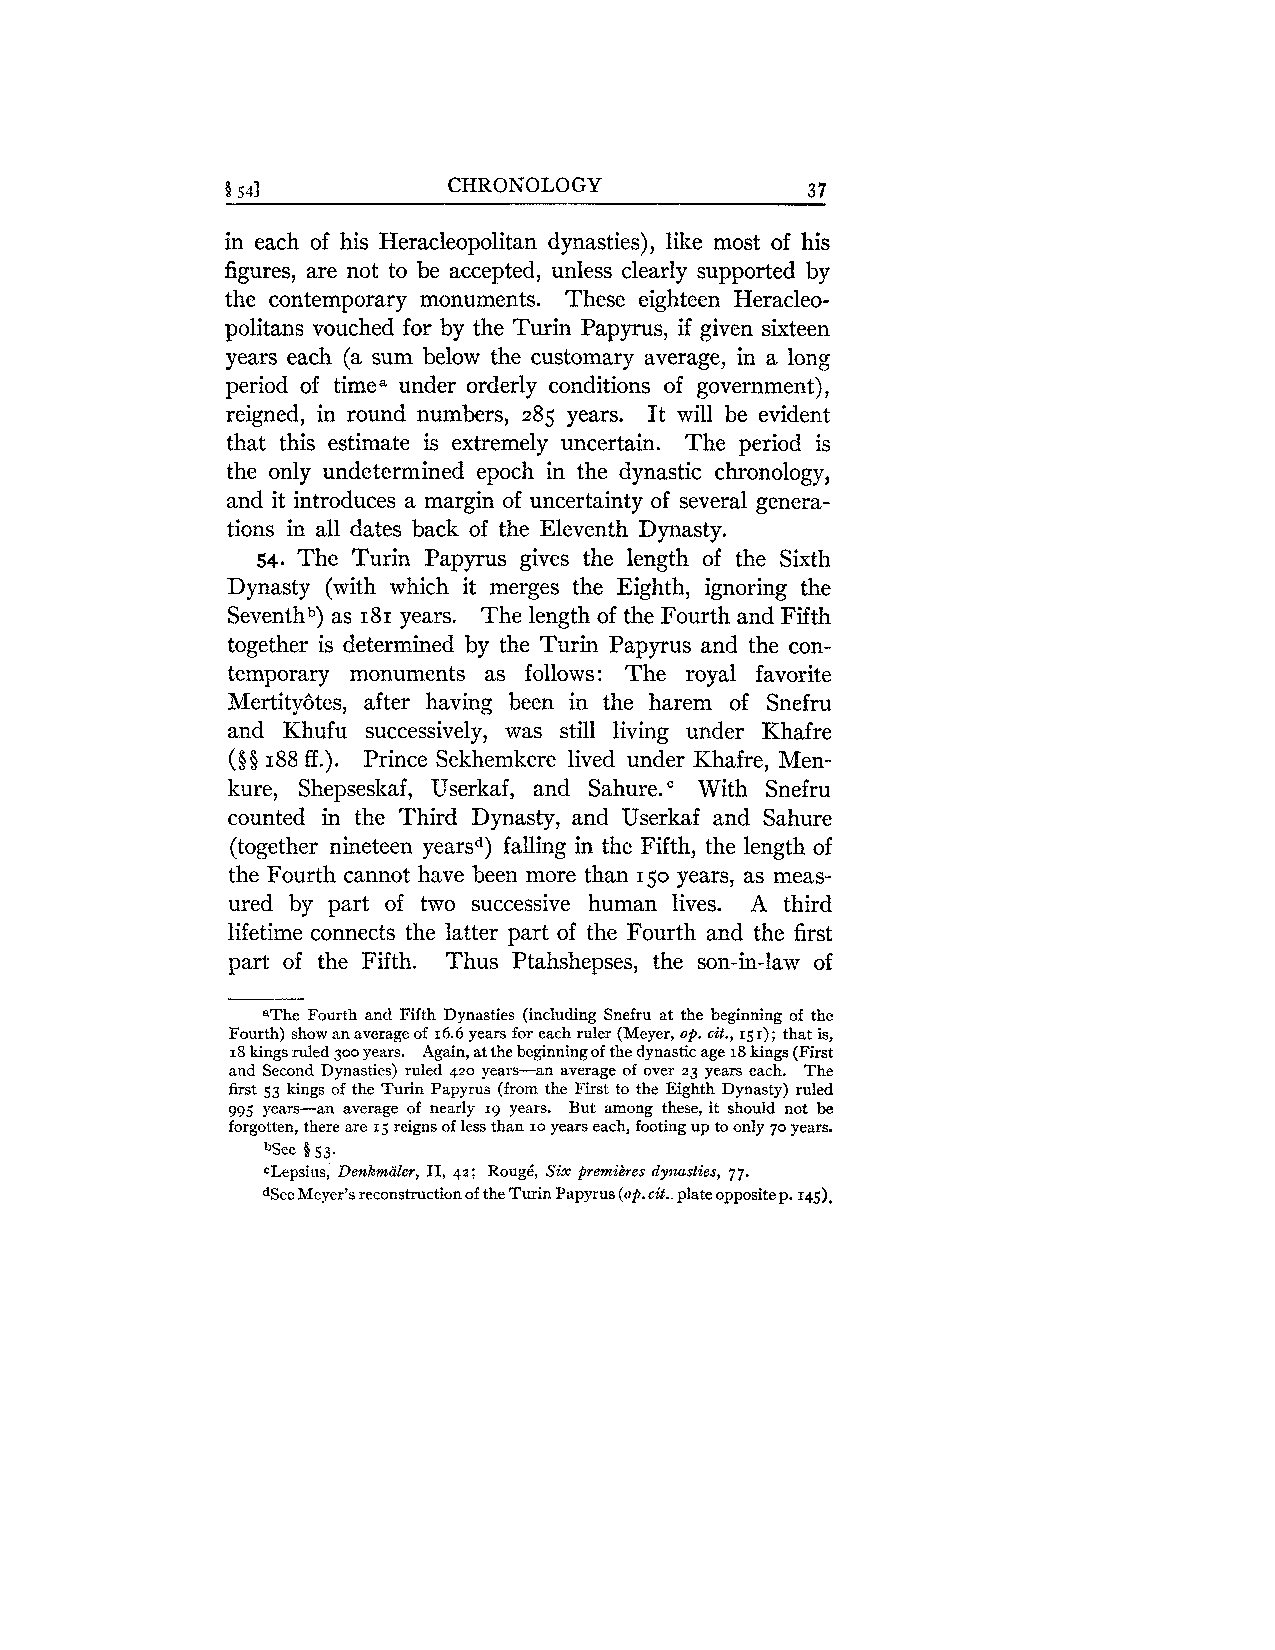
1 541          CHRONOLOGY             3 7
 in each of his Heracleopolitan dynasties), like most of his
 figures, are not to be accepted, unless clearly supported by
 the contemporary monuments. These eighteen Heracleo-
 politans vouched for by the Turin Papyrus, if given sixteen
 years each (a sum below the customary average, in a long
 period of time. under orderly conditions of government),
 reigned, in round numbers, 285 years. It will be evident
 that this estimate is extremely uncertain. The period is
 the only undetermined epoch in the dynastic chronology,
 and it introduces a margin of uncertainty of several genera-
 tions in all dates back of the Eleventh Dynasty.
 54. The Turin Papyrus gives the length of the Sixth
 Dynasty (with which it merges the Eighth, ignoring the
 Seventhb) as 181 years. The length of the Fourth and Fifth
 together is determined by the Turin Papyrus and the con-
 temporary monuments as follows: The royal favorite
 Mertitybtes, after having been in the harem of Snefru
 and Iihufu successively, was still living under Khafre
 (§§ 188 ff.). Prince Sekhemkere lived under Khafre, Men-
 kure, Shepseskaf, Userkaf, and Sahure." With Snefru
 counted in the Third Dynasty, and Userkaf and Sahure
 (together nineteen yearsd) falling in the Fifth, the length of
 the Fourth cannot have been more than 150 years, as meas-
 ured by part of two successive human lives. A third
 lifetime connects the latter part of the Fourth and the first
 part of the Fifth. Thus Ptahshepses, the son-in-law of
 aThe Fourth and Fifth Dynasties (including Snefru at the beginning of the
 Fourth) show an average of 16.6 years for each ruler (Meyer, op. cit., 15 I); that is,
 18k ings ruled 300 years. Again, at the beginning of the dynastic age 18 kings (First
 and Second Dynasties) ruled 420 years-an average of over 23 years each. The
 first 53 kings of the Turin Papyrus (from the First to the Eighth Dynasty) ruled
 995 years-an average of nearly 19 years. But among these, it should not be
 forgotten, there are 15 reigns of less than 10 years each, footing up to only 70 years.
 bSee 553.
 clepsius, Defikmaler, 11, 42; RougC, Six premi?res dynasties, 77.
 dSee Meyer's reconstruction of the Turin Papyrus (upc it.. plate opposite p. 145).